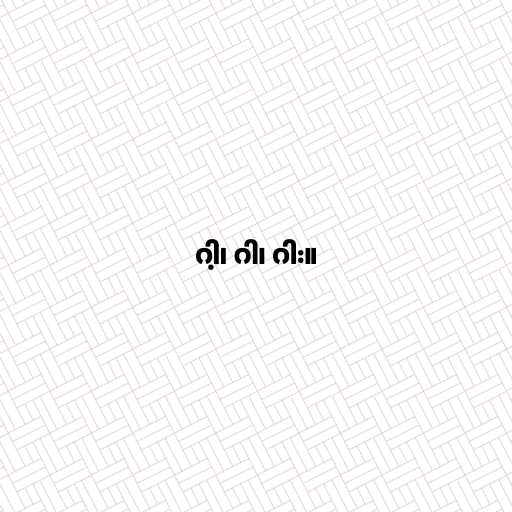
ဂါ့၊ ဂါ၊ ဂါး။